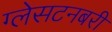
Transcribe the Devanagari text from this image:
ग्लेसटनबरी